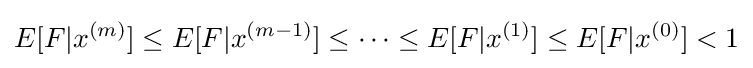
E[F|x^{(m)}]\leq E[F|x^{(m-1)}]\leq \cdots \leq E[F|x^{(1)}]\leq E[F|x^{(0)}]<1